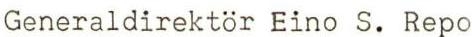
Generaldirektör Eino S. Repo